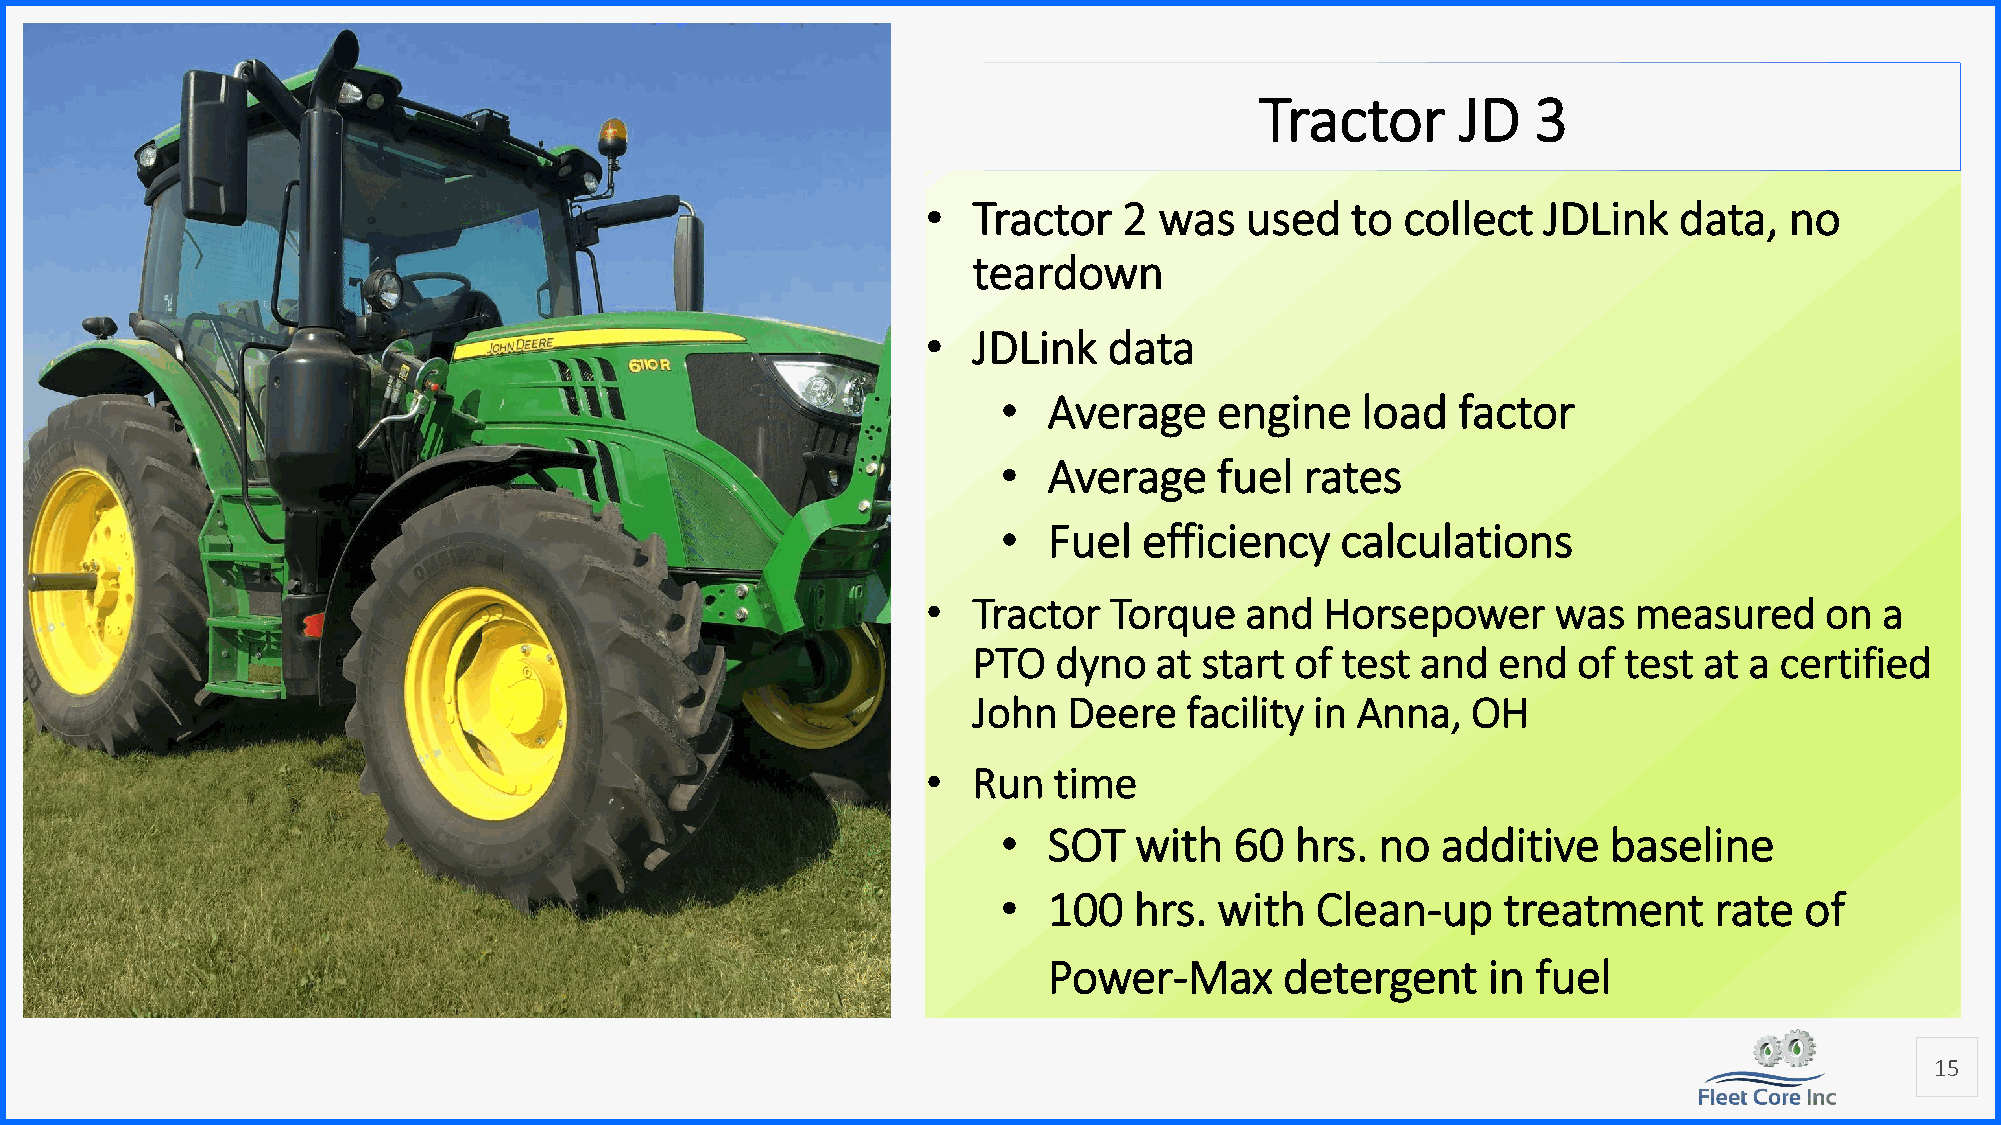
Tractor       JD   3
 •  Tractor   2  was  used   to  collect  JDLink   data,  no
 teardown
 •  JDLink   data
 •  Average     engine   load  factor
 •  Average     fuel rates
 •  Fuel   efficiency   calculations
 •  Tractor  Torque   and   Horsepower     was  measured     on  a
 PTO   dyno  at  start of test and  end  of test  at a certified
 John   Deere  facility in Anna,  OH
 •  Run   time
 •  SOT   with   60  hrs. no  additive    baseline
 •  100   hrs.  with  Clean-up    treatment     rate  of
 Power-Max       detergent    in  fuel
 15